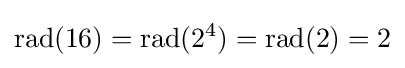
{\text{rad}}(16)={\text{rad}}(2^{4})={\text{rad}}(2)=2